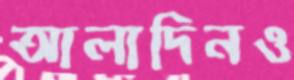
আলাদিনও